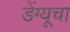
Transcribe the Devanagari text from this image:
डेंग्यूचा